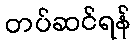
တပ်ဆင်ရန်